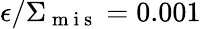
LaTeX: \epsilon/\Sigma_{\mathrm{~m~i~s~}}=0.001